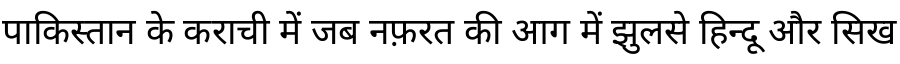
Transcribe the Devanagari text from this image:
पाकिस्तान के कराची में जब नफ़रत की आग में झुलसे हिन्दू और सिख